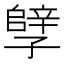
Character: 𫲲